Insane asylums in Bengal annual reports 1876-1887 - 1876-1887
Year: 1876
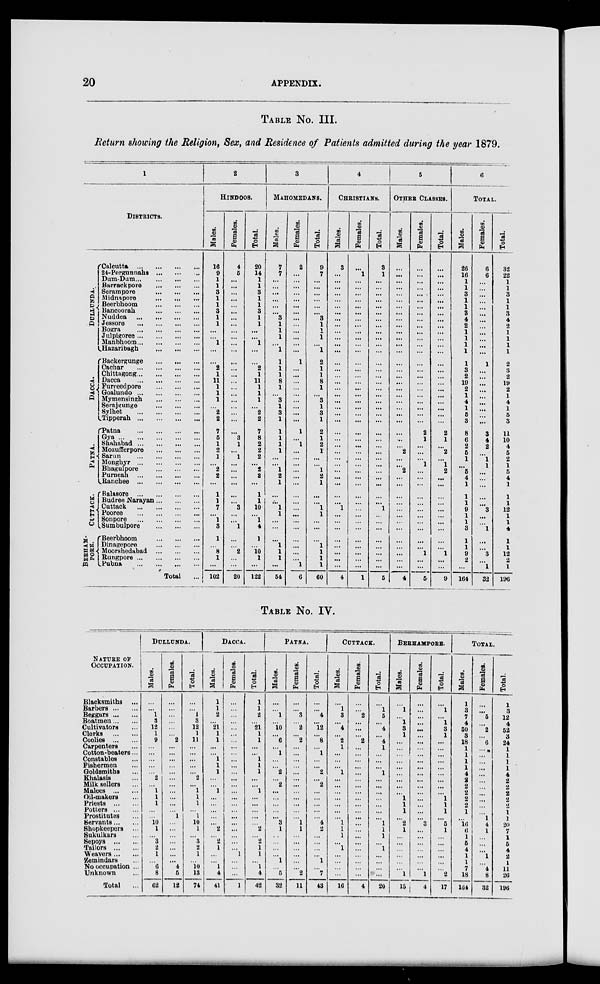
20
APPENDIX.
TABLE No. III.
Return showing the Religion, Sex, and Residence of Patients admitted during the year 1879.
1
DISTRICTS.
DULLUNDA.
DACCA.
PATNA.
CUTTACK.
BERHAM¬
PORE.
Calcutta
...
...
...
...
24-Pergunnahs ... ... ...
Dum-Dum ... ... ... ...
Barrackpore
...
...
...
Serampore
...
...
...
Midnapore
...
...
...
Beerbhoom
...
...
...
Bancoorah
...
...
...
Nuddea
...
...
...
...
Jessore
...
...
...
...
Bogra
...
...
...
...
Julpigoree ... ... ... ...
Manbhoom ... ... ... ...
Bazaribagh
...
...
...
Backergunge
...
...
...
Cachar
...
...
...
...
Chittagong ... ... ... ...
Dacca
...
...
...
...
Furreedpore ... ... ...
Goalundo
...
...
...
...
Mymensingh
...
...
...
Serajgunge
...
...
...
Sylhet
...
...
...
...
Tipperah
...
...
...
...
Patna
...
...
...
...
Gya
...
...
...
...
...
Shahabad ... ... ... ...
Mozufferpore
...
...
...
Sarun
...
...
...
...
Monghyr
...
...
...
...
Bhagulpore ... ... ... ...
Purneah
...
...
...
...
Ranchee
...
...
...
...
Balasore
...
...
...
...
Budree Narayan ... ... ...
Cuttack
...
...
...
...
Pooree
...
...
...
...
Sonpore
...
...
...
...
Sumbulpore
...
...
...
Beerbhoom
...
...
...
Dinagepore
...
...
...
Moorshedabad
...
...
...
Rungpore
...
...
...
...
Pubna
...
...
...
...
Total ...
2
HINDOOS.
Males.
16
9
1
1
3
1
1
3
1
1
...
...
1
...
...
2
1
11
1
1
1
...
2
2
7
5
1
2
1
...
2
2
...
1
1
7
...
1
3
1
...
8
1
...
102
Females.
4
5
...
...
...
...
...
...
...
...
...
...
...
...
...
...
...
...
...
...
...
...
...
...
...
3
1
...
1
...
...
...
...
...
...
3
...
...
1
...
...
2
...
...
20
Total.
20
14
1
1
3
1
1
3
1
1
...
...
1
...
...
2
1
11
1
1
1
...
2
2
7
8
2
2
2
...
2
2
...
1
1
10
...
1
4
1
...
10
1
...
122
3
MAHOMEDANS.
Males.
7
7
...
...
...
...
...
...
3
1
1
1
...
1
1
1
1
8
1
...
3
1
3
1
1
1
1
1
...
...
1
2
1
...
...
1
1
...
...
...
1
1
1
...
54
Females.
2
...
...
...
...
...
...
...
...
...
...
...
...
...
1
...
...
...
...
...
...
...
...
...
1
...
1
...
...
...
...
...
...
...
...
...
...
...
...
...
...
...
...
1
6
Total.
9
7
...
...
...
...
...
...
3
1
1
1
...
1
2
1
1
8
1
...
3
1
3
1
2
1
2
1
...
...
1
2
1
...
...
1
1
...
...
...
1
1
1
1
60
4
CHRISTIANS.
Males.
3
...
...
...
...
...
...
...
...
...
...
...
...
...
...
...
...
...
...
...
...
...
...
...
...
...
...
...
...
...
...
...
...
...
...
1
...
...
...
...
...
...
...
...
4
Females.
...
1
...
...
...
...
...
...
...
...
...
...
...
...
...
...
...
...
...
...
...
...
...
...
...
...
...
...
...
...
...
...
...
...
...
...
...
...
...
...
...
...
...
...
1
Total.
3
1
...
...
...
...
...
...
...
...
...
...
...
...
...
...
...
...
...
...
...
...
...
...
...
...
...
...
...
...
...
...
...
...
...
1
...
...
...
...
...
...
...
...
5
5
OTHER CLASSES.
Males.
...
...
...
...
...
...
...
...
...
...
...
...
...
...
...
...
...
...
...
...
...
...
...
...
...
...
...
2
...
...
2
...
...
...
...
...
...
...
...
...
...
...
...
...
4
Females.
...
...
...
...
...
...
...
...
...
...
...
...
...
...
...
...
...
...
...
...
...
...
...
...
2
1
...
...
...
1
...
...
...
...
...
...
...
...
...
...
...
1
...
...
5
Total.
...
...
...
...
...
...
...
...
...
...
...
...
...
...
...
...
...
...
...
...
...
...
...
...
2
1
...
2
...
1
2
...
...
...
...
...
...
...
...
...
...
1
...
...
9
6
TOTAL.
Males.
26
16
1
1
3
1
1
3
4
2
1
1
1
1
1
3
2
19
2
1
4
1
5
3
8
6
2
5
1
...
5
4
1
1
1
9
1
1
3
1
1
9
2
...
164
Females.
6
6
...
...
...
...
...
...
...
...
...
...
...
...
1
...
...
...
...
...
...
...
...
...
3
4
2
...
l
1
...
...
...
...
...
3
...
...
1
...
...
3
...
1
32
Total.
32
22
1
1
3
1
1
3
4
2
1
1
1
1
2
3
2
19
2
1
4
1
5
3
11
10
4
5
2
1
5
4
1
1
1
12
1
1
4
1
1
12
2
1
196
TABLE No. IV.
NATURE OF
OCCUPATION.
Blacksmiths ...
Barbers ... ...
Beggars ... ...
Boatmen ... ...
Cultivators ...
Clerks
...
...
Coolies ... ...
Carpenters ...
Cotton-beaters...
Constables ...
Fishermen ...
Goldsmiths ...
Khalasis ...
Milk sellers ...
Malees ... ...
Oil-makers ...
Priests ... ...
Potters ... ...
Prostitutes ...
Servants ... ...
Shopkeepers ...
Sukulkars ...
Sepoys
...
...
Tailors ... ...
Weavers ... ...
Zemindars ...
No occupation ...
Unknown ...
Total ...
DULLUNDA.
Males.
...
...
1
3
12
1
9
...
...
...
...
...
2
...
1
1
1
...
...
10
1
...
3
2
1
...
6
8
62
Females.
...
...
...
...
...
...
2
...
...
...
...
...
...
...
...
...
...
...
1
...
...
...
...
...
...
...
4
5
12
Total.
...
...
1
3
12
1
11
...
...
...
...
...
2
...
1
1
1
...
1
10
1
...
3
2
1
...
10
13
74
DACCA.
Males.
1
1
2
...
21
1
1
...
...
1
1
1
...
...
1
...
...
...
...
...
2
...
2
1
...
...
1
4
41
Females.
...
...
...
...
...
...
...
...
...
...
...
...
...
...
...
...
...
...
...
...
...
...
...
...
1
...
...
...
1
Total.
1
1
2
...
21
1
1
...
...
1
1
1
...
...
1
...
...
...
...
...
2
...
2
1
1
...
1
4
42
PATNA.
Males.
...
...
1
...
10
...
6
...
1
...
...
2
...
2
...
...
...
...
...
3
1
...
...
...
...
1
...
5
32
Females.
...
...
3
...
2
...
2
...
...
...
...
...
...
...
...
...
...
...
...
1
1
...
...
...
...
...
...
2
11
Total.
...
...
4
...
12
...
8
...
1
...
...
2
...
2
...
...
...
...
...
4
2
...
...
...
...
1
...
7
43
CUTTACK.
Males.
...
1
3
...
4
...
2
1
...
...
...
1
...
...
...
...
...
...
...
1
1
1
...
1
...
...
...
...
16
Females.
...
...
2
...
...
...
2
...
...
...
...
...
...
...
...
...
...
...
...
...
...
...
...
...
...
...
...
...
4
Total.
...
1
5
...
4
...
4
1
...
...
...
1
...
...
...
...
...
...
...
1
1
1
...
1
...
...
...
...
20
BERHAMPORE.
Males.
...
1
...
1
3
1
...
...
...
...
...
...
...
...
...
1
1
1
...
2
1
...
...
...
...
...
...
1
13
Females.
...
...
...
...
...
...
...
...
...
...
...
...
...
...
...
...
...
...
...
3
...
...
...
...
...
...
...
1
4
Total.
...
1
...
1
3
1
...
...
...
...
...
...
...
...
...
1
1
1
...
5
1
...
...
...
...
...
...
2
17
TOTAL.
Males.
1
3
7
4
50
3
18
1
1
1
1
4
2 2
2
2
2
1
...
16
6
1
5
4
1
1
7
18
164
Females.
...
...
5
...
2
...
6
...
...
...
...
...
...
...
...
...
...
...
1
4
1
...
...
...
1
...
4
8
32
Total.
1
3
12
4
52
3
24
1
1
1
1
4
2
2
2
2
2
1
1
20
7
1
5
4
2
1
11
26
196